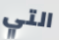
التي